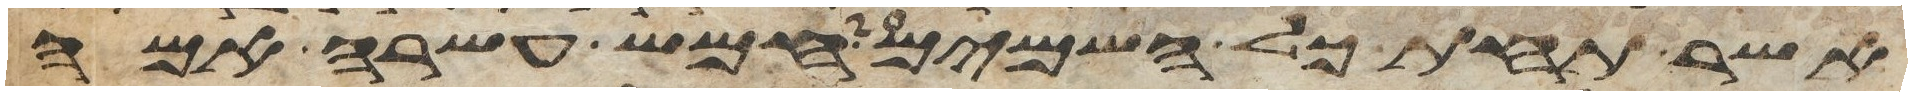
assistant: אשר תחת כל השמים חמש עשרה אמה